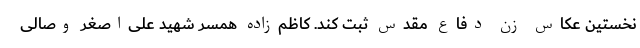
نخستین عکاسِ زنِ دفاع مقدس ثبت کند. کاظم‌زاده همسر شهید علی‌اصغر وصالی